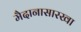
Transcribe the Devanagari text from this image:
मैदानासारखा